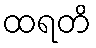
ထရတိ